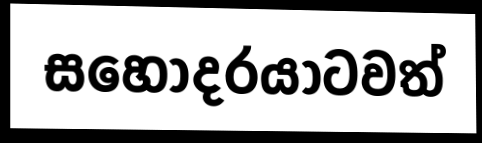
සහෝදරයාටවත්